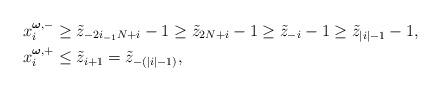
LaTeX: \begin{align*} x_i^{\boldsymbol{\omega},-} & \geq \tilde{z}_{-2i_{-1}N+i} -1 \geq \tilde{z}_{2N+i}-1 \geq \tilde{z}_{-i} -1 \geq \tilde{z}_{|i|-1}-1, \\ x_i^{\boldsymbol{\omega},+} & \leq \tilde{z}_{i+1}=\tilde{z}_{-(|i|-1)}, \end{align*}